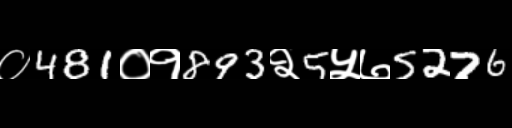
Text: ०481०१893२5५७5276